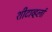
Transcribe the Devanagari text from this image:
शीटाव्हर्ला